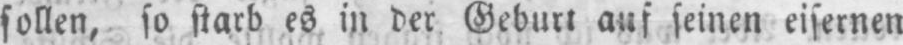
sollen, so starb es in der Geburt auf seinen eisernen